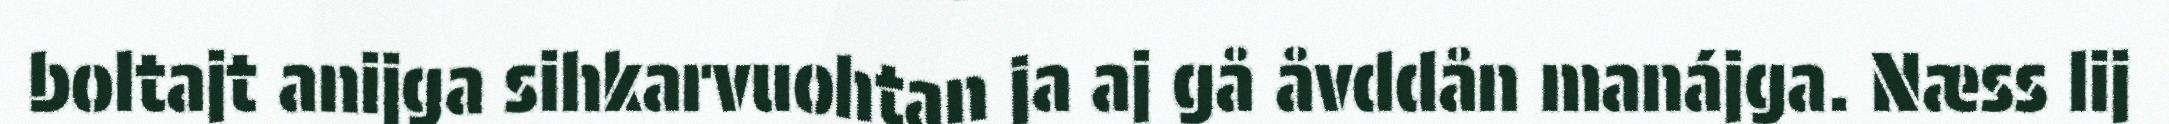
boltajt anijga sihkarvuohtan ja aj gå åvddån manájga. Næss lij